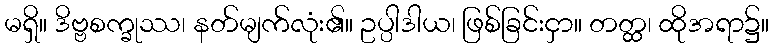
မရှိ။ ဒိဗ္ဗစက္ခုဿ၊ နတ်မျက်လုံး၏။ ဥပ္ပါဒါယ၊ ဖြစ်ခြင်းငှာ။ တတ္ထ၊ ထိုအရာ၌။